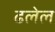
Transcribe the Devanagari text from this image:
ढलेल